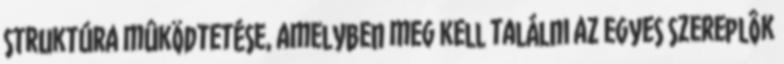
struktúra mûködtetése, amelyben meg kell találni az egyes szereplôk